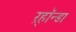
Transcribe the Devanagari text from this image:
ऱ्हॉन्डा